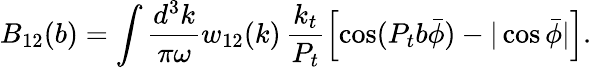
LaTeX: B_{12}(b)=\int\frac{d^{3}k}{\pi\omega}w_{12}(k)\, \frac{k_{t}}{P_{t}}\left[\cos(P_{t}b\bar{\phi})-|\cos\bar{\phi}|\right].